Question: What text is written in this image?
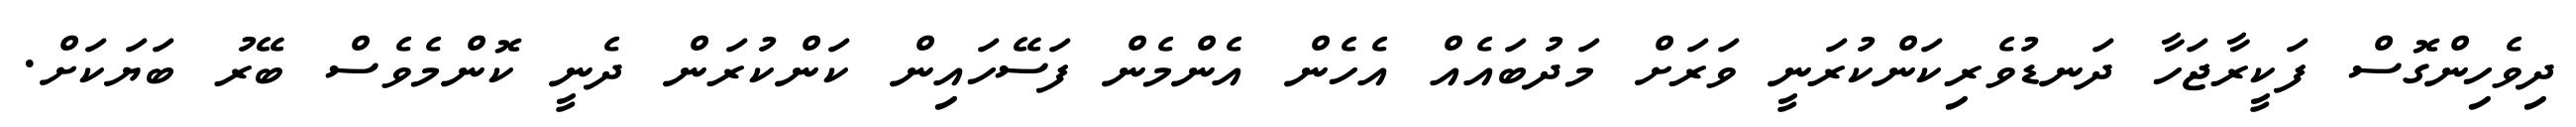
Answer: ދިވެހިންގޮސް ފަކީރާޖަހާ ދަނޑުވެރިކަންކުރަނީ ވަރަށް މަދުބައެއް އެހެން އެންމެން ފަސޭހައިން ކަންކުރަން ދެނީ ކޮންމެވެސް ބޭރު ބަޔަކަށް.